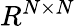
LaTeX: R^{N\times N}